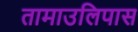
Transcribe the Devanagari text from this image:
तामाउलिपास